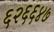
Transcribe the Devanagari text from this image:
६२६६४७